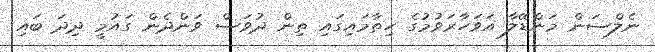
ނެލްސަން މަންޑޭލާ އަވަހާރަވުމުގެ ހިތާމައިގައި ތިން ދުވަސް ވަންދެން ގައުމީ ދިދަ ބައި